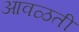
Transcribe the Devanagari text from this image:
आवळती